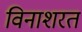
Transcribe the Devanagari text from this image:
विनाशरत